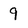
Character: 9